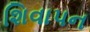
શિવાપન